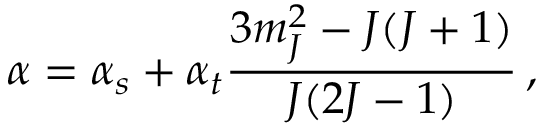
\alpha = \alpha _ { s } + \alpha _ { t } \frac { 3 m _ { J } ^ { 2 } - J ( J + 1 ) } { J ( 2 J - 1 ) } \, ,